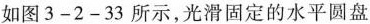
如图3-2-33所示，光滑固定的水平圆盘